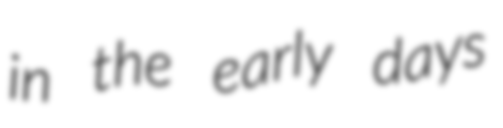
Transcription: in the early days